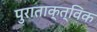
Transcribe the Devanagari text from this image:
पुराताक्त्विक